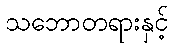
သဘောတရားနှင့်